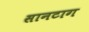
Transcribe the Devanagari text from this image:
सानटाग